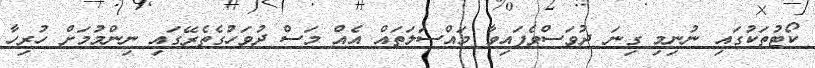
ކޯޓުތަކުގައި ނުނިމި ގިނަ ދުވަސްވެފައިވާ މައްސަލަތައް އެއް މަސް ދުވަހުގެތެރޭގައި ނިންމުމަށް ހުރިހާ